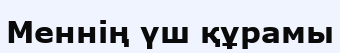
Меннің үш құрамы